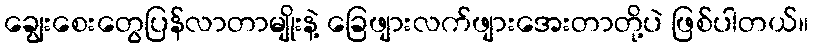
ချွေးစေးတွေပြန်လာတာမျိုးနဲ့ ခြေဖျားလက်ဖျားအေးတာတို့ပဲ ဖြစ်ပါတယ်။